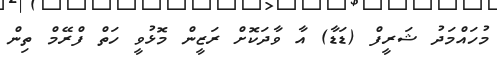
މުހައްމަދު ޝަރީފް (ޑަޑާ) އާ ވާދަކޮށް ރަޒީން މޮޅުވީ ހަތް ފްރޭމް ތިން